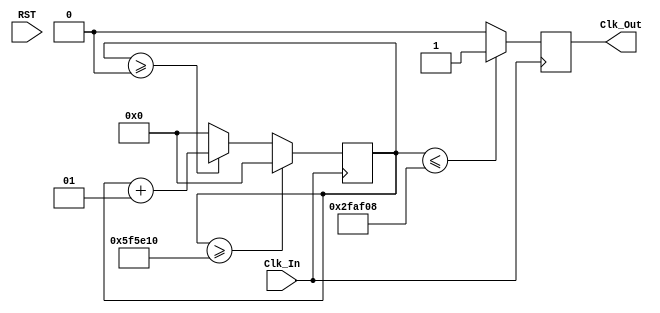
`timescale 1ns / 1ps
//////////////////////////////////////////////////////////////////////////////////
// Company: 
// Engineer: 
// 
// Design Name: 
// Module Name: DimTimer
// Project Name: 
// Target Devices: 
// Tool Versions: 
// Description: 
// 
// Dependencies: 
// 
// Revision:
// Revision 0.01 - File Created
// Additional Comments:
// 
//////////////////////////////////////////////////////////////////////////////////


module DimTimer(
    input Clk_In,
input RST,
output reg Clk_Out
);

integer count;
parameter freq=16; // set this val to desired frequency
parameter max=100000000/freq; //calulates value to count to before reset
always @(posedge Clk_In)
begin

    //Initialize count Or Increment Count
     if (count>=0)
      count <=count +1; 
    else
    count<=0;
    
    //Output Clks accoring to count
    if(count<=max/2) begin 
        Clk_Out<=1'b1; 

    end
    else begin        
        Clk_Out<=1'b0;         
    end
    
    //reset count
    if(count>=max) begin 
        count<=0; 
    end   
    

end
endmodule